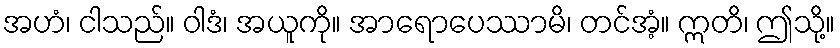
အဟံ၊ ငါသည်။ ဝါဒံ၊ အယူကို။ အာရောပေဿာမိ၊ တင်အံ့။ ဣတိ၊ ဤသို့။